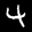
Digit: 4